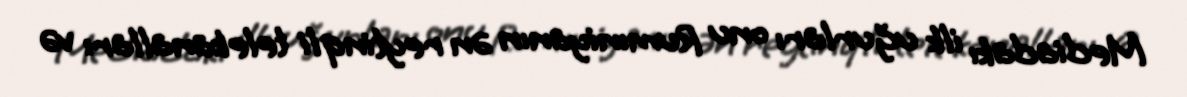
Mediadakı ilk uğurları onu Rumıniyanın ən reytinqli telekanalları və